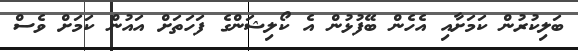
ބަލިކުރުން ކަމަށާއި އެހެން ބޭފުޅުން އެ ކޯލިޝަންގެ ފަހަތަށް އައުން ކަމަށް ވެސް